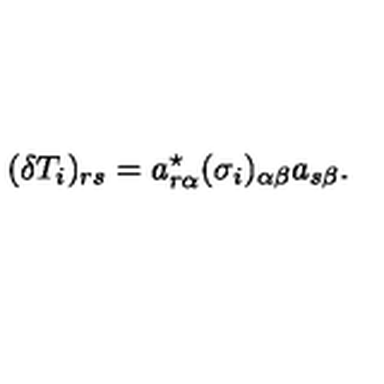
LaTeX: ( \delta T _ { i } ) _ { r s } = a _ { r \alpha } ^ { \star } ( \sigma _ { i } ) _ { \alpha \beta } a _ { s \beta } .